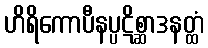
ဟိရိကောပီနပ္ပဋိစ္ဆာဒနတ္ထံ